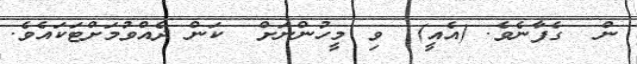
ން  ގެފާނެވެ. (އެއީ)  ވި މީހުންނަށް  ކަން ދެއްވުމަށްޓަކައެވެ.